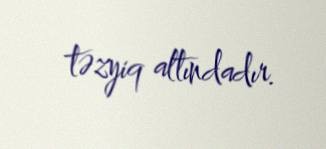
təzyiq altındadır.